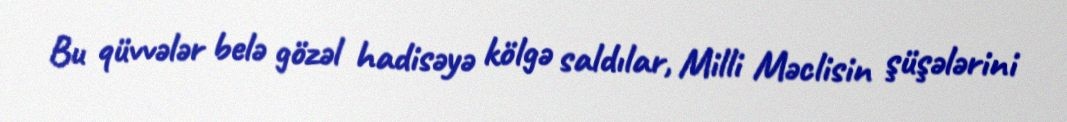
Bu qüvvələr belə gözəl hadisəyə kölgə saldılar, Milli Məclisin şüşələrini